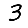
Digit: 3